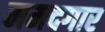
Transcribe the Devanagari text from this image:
ममदगार